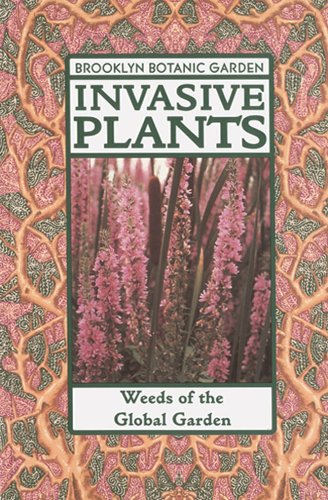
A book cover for Invasive Plants: Weeds of the Global Garden (Brooklyn Botanic Garden Publication); Crafts, Hobbies & Home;